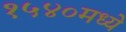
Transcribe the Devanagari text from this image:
१५४०मध्ये